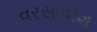
વરસાવીશ